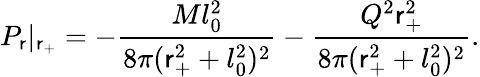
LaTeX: P_{\mathsf{r}}|_{\mathsf{r}_{+}}=-\frac{{Ml_{0}^{2}}}{{8\pi(\mathsf{r}_{+}^{2}+l_{0}^{2})^{2}}}-\frac{{Q^{2}\mathsf{r}_{+}^{2}}}{{8\pi(\mathsf{r}_{+}^{2}+l_{0}^{2})^{2}}}.